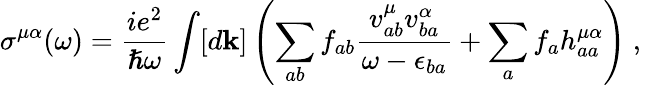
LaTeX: \sigma^{\mu\alpha}(\omega)=\frac{ie^{2}}{\hslash\omega}\int[d\mathbf{k}]\left(\sum_{ab}f_{ab}\frac{v_{ab}^{\mu}v_{ba}^{\alpha}}{\omega-\epsilon_{ba}}+\sum_{a}f_{a}h_{aa}^{\mu\alpha}\right)\mathrm{~,~}